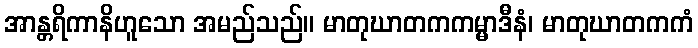
အာန္တရိကာနိဟူသော အမည်သည်။ မာတုဃာတကကမ္မာဒီနံ၊ မာတုဃာတကကံ